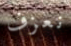
نعزف